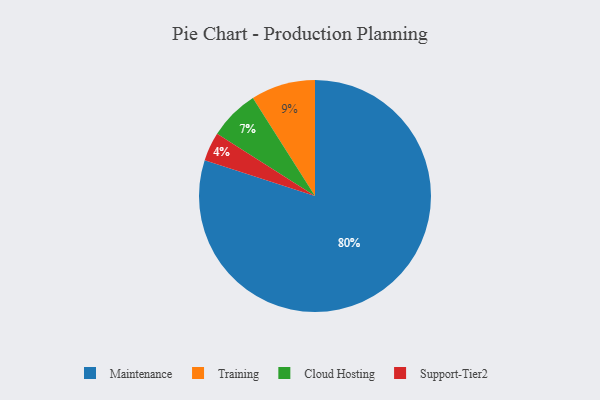
{"axis": {"x": "Category", "y": "Percentage"}, "legend": ["Cloud Hosting", "Maintenance", "Support-Tier2", "Training"], "data": [{"x": "Cloud Hosting", "y": 7, "type": "Cloud Hosting"}, {"x": "Support-Tier2", "y": 4, "type": "Support-Tier2"}, {"x": "Training", "y": 9, "type": "Training"}, {"x": "Maintenance", "y": 80, "type": "Maintenance"}]}